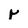
Character: r